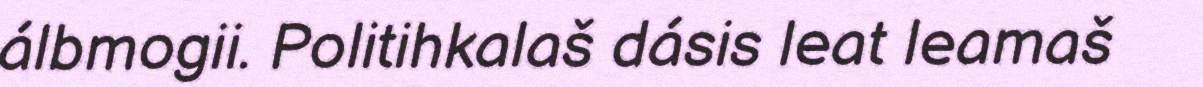
álbmogii. Politihkalaš dásis leat leamaš